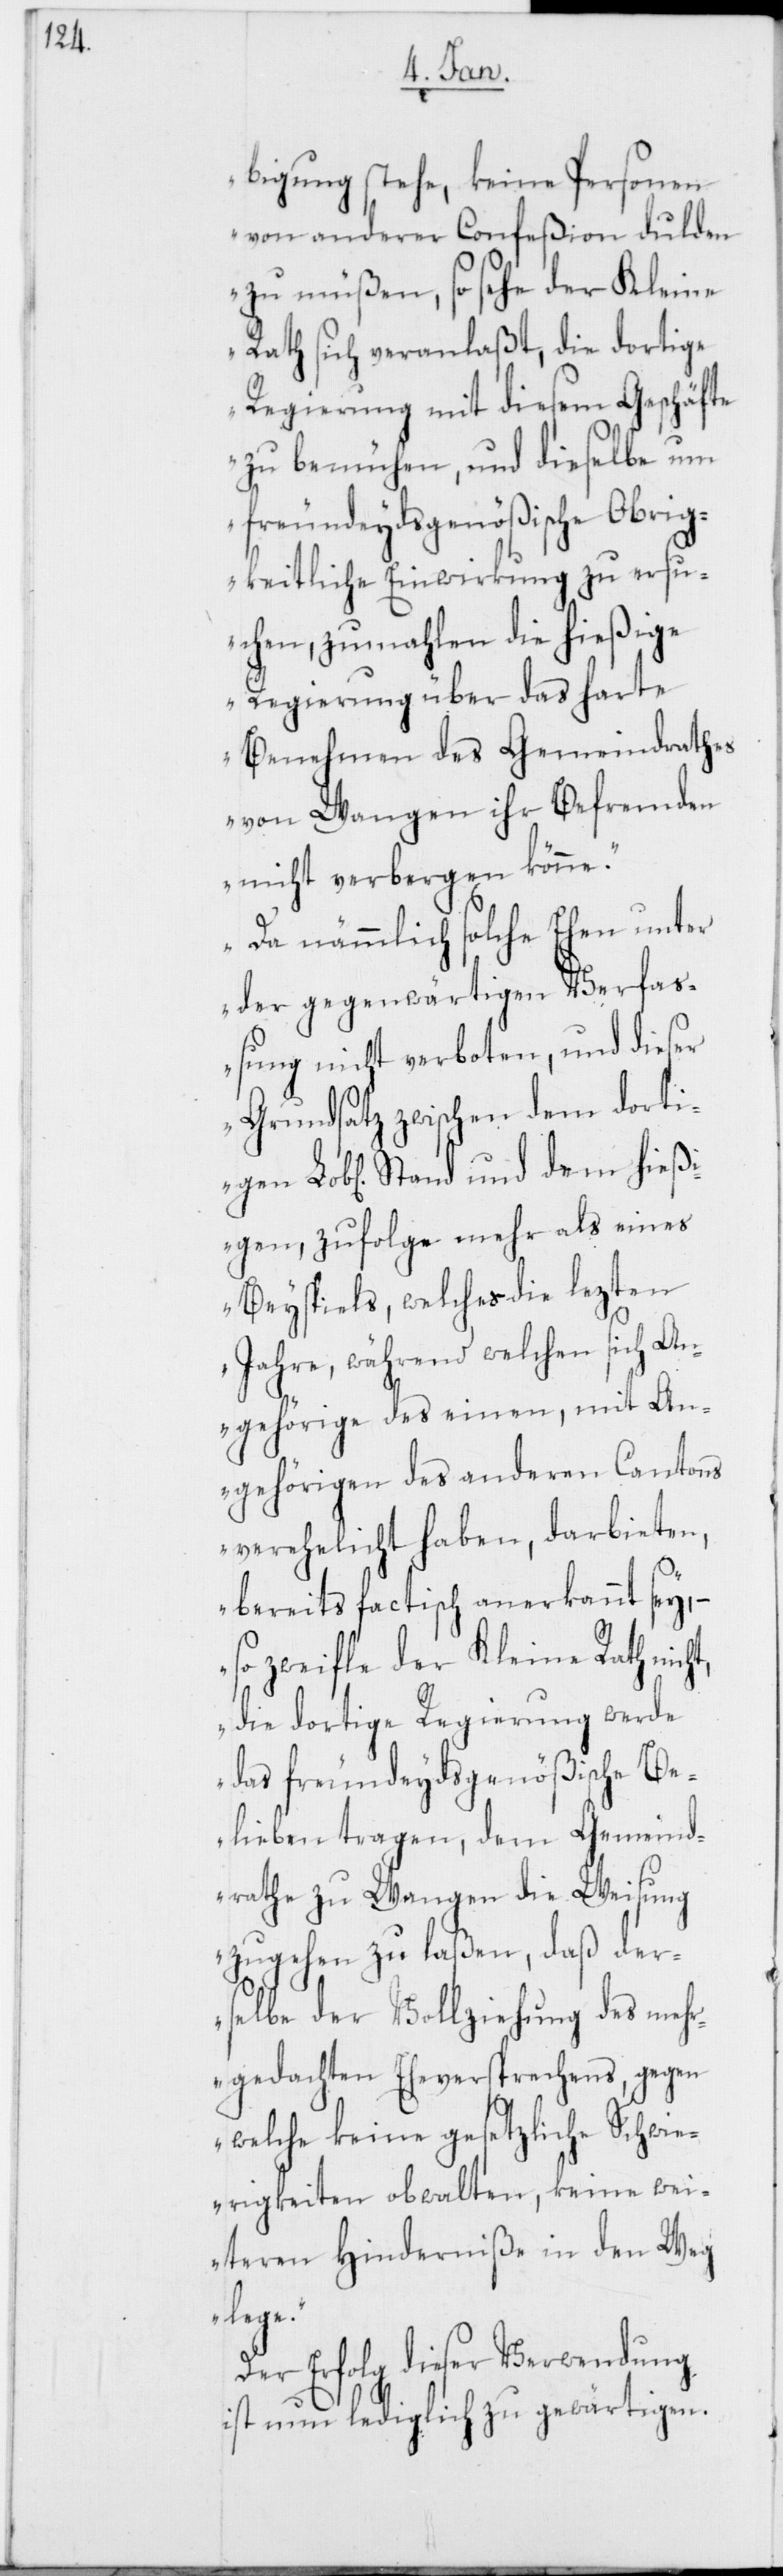
bigung stehe, keine Personen
von anderer Confeßion dulden
zu müßen, so sehe der Kleine
Rath sich veranlaßt, die dortige
Regierung mit diesem Geschäfte
zu bemühen, und dieselbe um
freundeydsgenößische Obrig¬
keitliche Einwirkung zu ersu¬
chen, zumahlen die hießige
Regierung über das harte
Benehmen des Gemeindrathes
von Wangen ihr Befremden
nicht verbergen könne.
Da nämmlich solche Ehen unter
der gegenwärtigen Verfa¬
ßung nicht verboten, und dieser
Grundsatz zwischen dem dorti¬
Lob[lichen] Stand und dem hießi¬
gen, zufolge mehr als eines
Beyspiels, welches die lezten
Jahre, während welchen sich An¬
gehörige des einen, mit An¬
gehörigen des anderen Cantons
verehelicht haben, darbieten,
bereits factisch anerkannt sey, –
so zweifle der Kleine Rath
die dortige Regierung werde
das freundeydsgenößische Be¬
lieben tragen, dem Gemeind¬
rathe zu Wangen die Weisung
zugehen zu laßen, daß der¬
selbe der Vollziehung des meh¬
rgedachten Eheversprechens, gegen
welche keine gesetzliche Schwie¬
rigkeiten obwalten, keine wei¬
teren Hinderniße in den Weg
lege.“
Der Erfolg dieser Verwendung
ist nun lediglich zu gewärtigen.